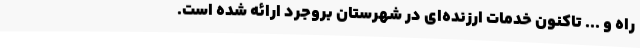
راه و ... تاکنون خدمات ارزنده‌ای در شهرستان بروجرد ارائه شده است.